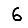
Digit: 6